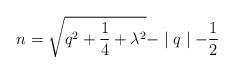
LaTeX: \begin{align*}n=\sqrt{q^2+\frac 14+\lambda ^2}-\mid q\mid -\frac 12\end{align*}